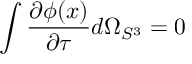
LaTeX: \int \frac { \partial \phi ( x ) } { \partial \tau } d \Omega _ { S ^ { 3 } } = 0